Civil Veterinary Dept. Bombay admin report 1923-31 - 1923-1931
Year: 1923
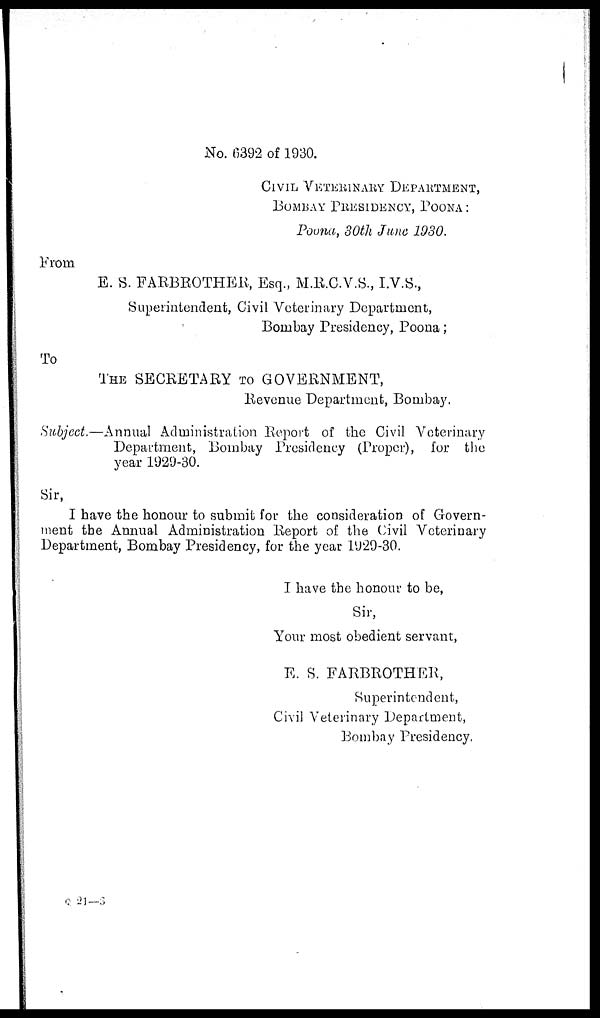
No. 6392 of 1930.
CIVIL VETERINARY DEPARTMENT
BOMBAY PRESIDENCY POONA :
Poona, 30th June 1930.
From
E. S. FARBROTHER, Esq., M.R.C.V.S., I.V.S.,
Superintendent, Civil Veterinary Department,
Bombay Presidency, Poona;
To
THE SECRETARY TO GOVERNMENT,
Revenue Department, Bombay.
Subject.—Annual Administration Report of the Civil Veterinary
Department, Bombay Presidency (Proper), for the
year 1929-30.
Sir,
I have the honour to submit for the consideration of Govern-
ment the Annual Administration Report of the Civil Veterinary
Department, Bombay Presidency, for the year 1929-30.
I have the honour to be,
Sir,
Your most obedient servant,
E. S. FARBROTHER,
Superintendent,
Civil Veterinary Department,
Bombay Presidency,
Q 21—3